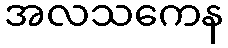
အလသကေန